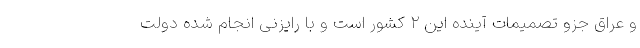
و عراق جزو تصمیمات آینده این ۲ کشور است و با رایزنی انجام شده دولت